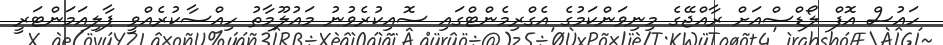
ހައުސް އޮފް ލޯޑްސްއަށް ރާއްޖޭގެ މިނިވަންކަމުގެ އެގްރިމެންޓްގައި ސޮއިކުރެވުނު މައުލޫމާތު ހިއްސާކުރެއްވީ ޕާލިއަމަންޓަރީ